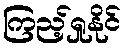
ကြည့်ရှုနိုင်